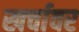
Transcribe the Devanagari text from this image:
खर्चावर